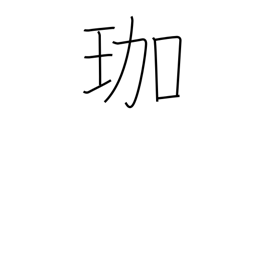
Meaning: ornamental hairpin